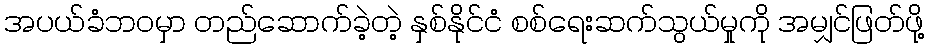
အပယ်ခံဘဝမှာ တည်ဆောက်ခဲ့တဲ့ နှစ်နိုင်ငံ စစ်ရေးဆက်သွယ်မှုကို အမျှင်ဖြတ်ဖို့